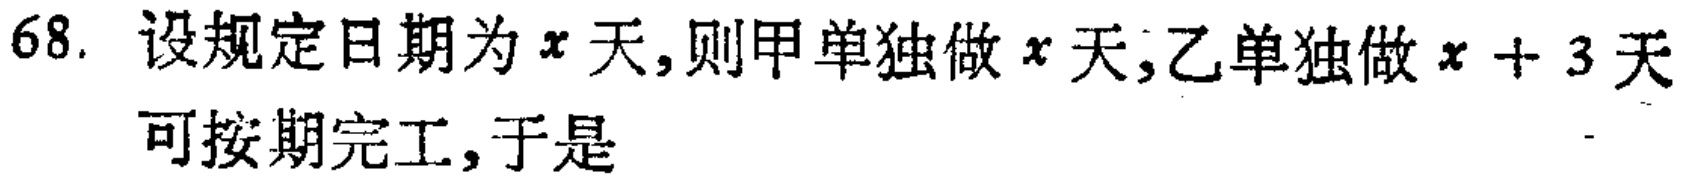
68. 设规定日期为\(x\)天,则甲单独做\(x\)天,乙单独做\(x + 3\)天
可按期完工,于是